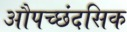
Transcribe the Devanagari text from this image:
औपच्छंदसिक